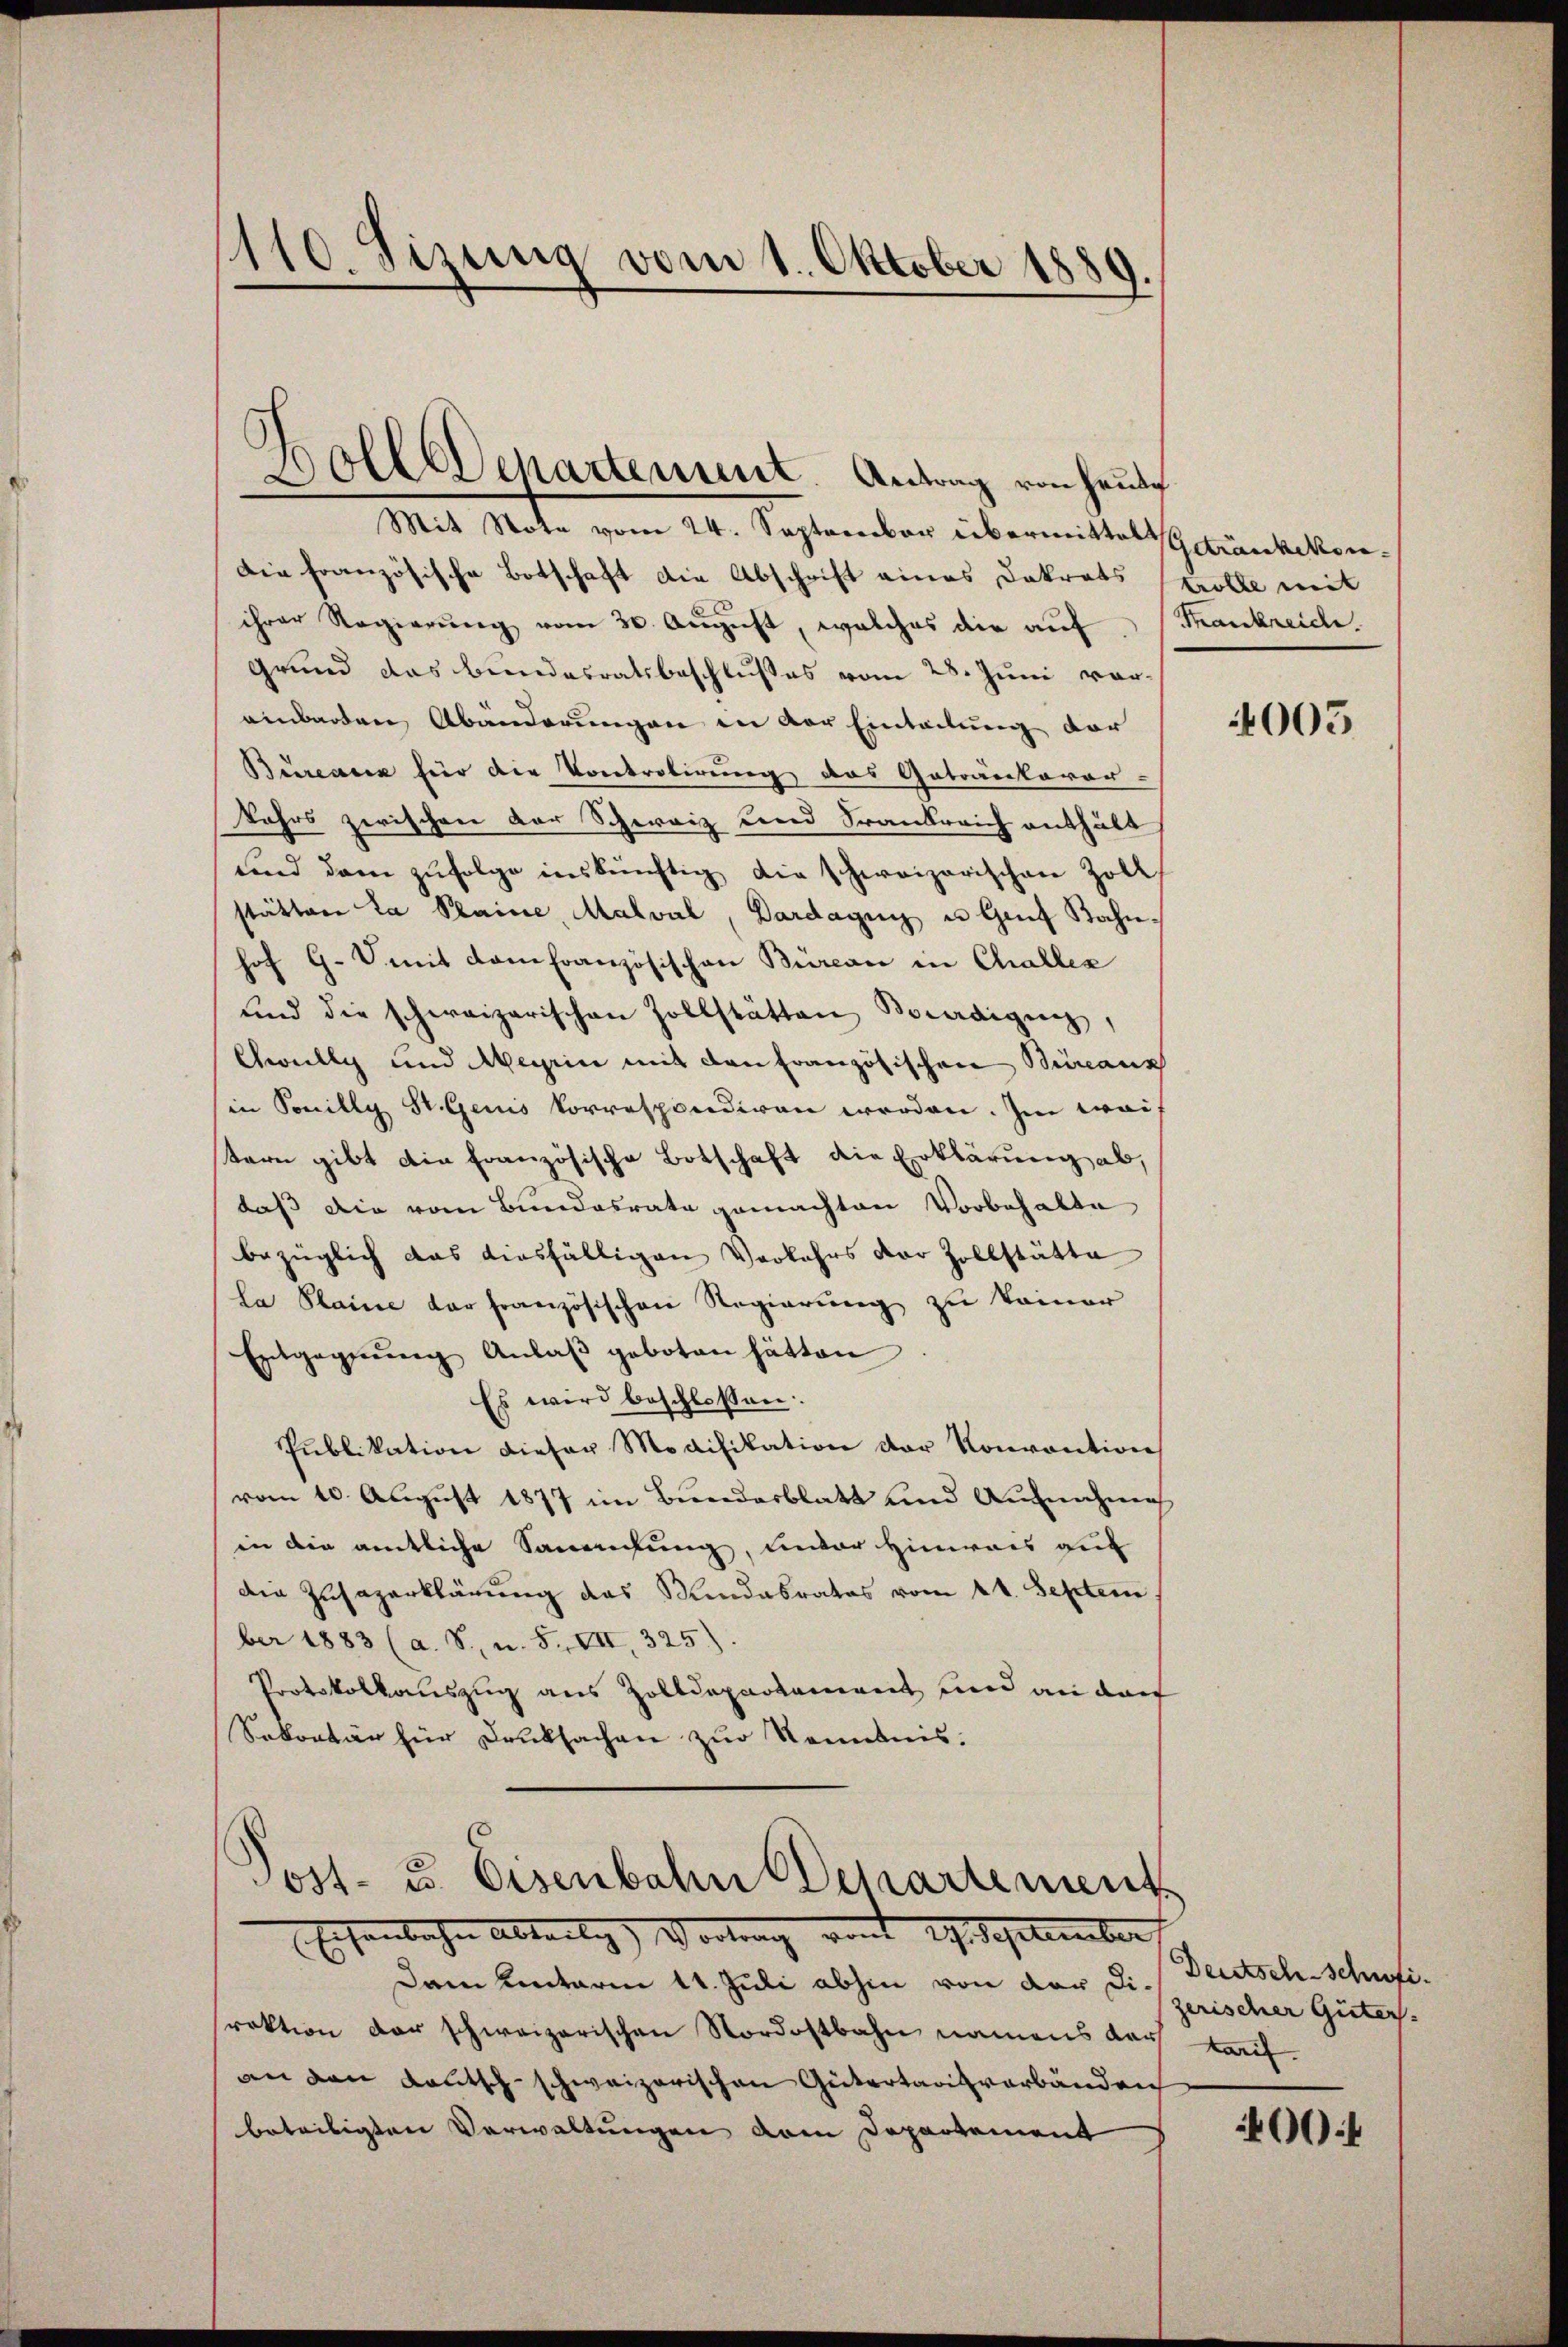
d
110. Sitzung vom 1. Oktober 1889.

ollldepartement. Antrag von heute

Mit Note vom 24. September übermittel Getränkekon¬
Die französische Botschaft die Abschrift eines Dekrets
ihrer Regierŭng vom 30. Aŭgust, welches die aŭf Frankreiche
Grund das Bundesratsbeschlußes vom 28. Juni voreinbarten Abänderungen in der Einteilung der
Bureauck für die Kontrolirung das Getränkeror-
kahrs zwischen Dor Schweiz und Frankreich enthält
und dem zŭfolge inskünftig die schweizerischen Zoll
stätten la Plaine, Malval, Dardagin u Genf Bahnhof 9. Smit dem Französischen Büreau in Challes
und die schweizerischen Zollstätten Beredigung,
Chwully und Meyrin mit den Französischen Büreaus
in Sonilly St. Genis korrespondiren werden. Im wei
tern gibt die französische Botschaft die Erklärung ab,
daß die vom Bundesrate gemachten Vorbehalte
bezüglich das diesfälligen Verkehrs der Zollstätte
la Plaine der französischen Regierung zu keiner
Entgegnung Anlaβ geboten hätten
Es wird beschlossen:
Publikation dieser Modifikation der Konvention
vom 10. August 1877 im Bundesblatt und Aufnahmig
in die amtliche Sammlung, unter Hinweis auf
die Zusazerklärung das Mindesrates vom 11. Septem
ber 1883 (a. S. u. F. VII 325)
Protokollauszug aus Zolldepartement und an dar
Sekretär für Druksachen zur Kenntnis.
Post- u. Eisenbahn Departement
Eisentlichen Abteilig Vortrag vom 19. September
Dam unterm 11. Juli abhin von der Di¬
Praktion der schweizerischen Nordostbahn namens dar
an den Lautsch-schweizerischen Gütertarisverbänden
beteiligten Verwaltungen dem Departement

trolle mit

4005

Deutsch-schfi
zerischer Güter.
kari

00